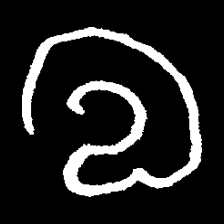
Pyu character \u2014 Myanmar letter: လ (romanized: la)